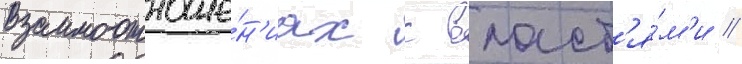
взаимоотноше́н'иах с власт'я́м'и //